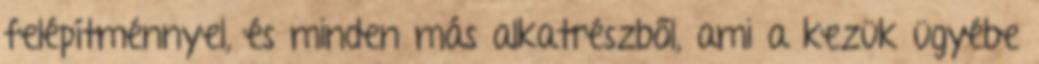
felépítménnyel, és minden más alkatrészből, ami a kezük ügyébe